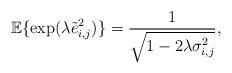
LaTeX: \begin{align*}\mathbb{E}\{\exp(\lambda \tilde e_{i,j}^2)\}=\frac{1}{\sqrt{1-2\lambda \sigma_{i,j}^2}},\end{align*}